Lunatic asylums Madras 1892-1911 - 1892-1911
Year: 1892
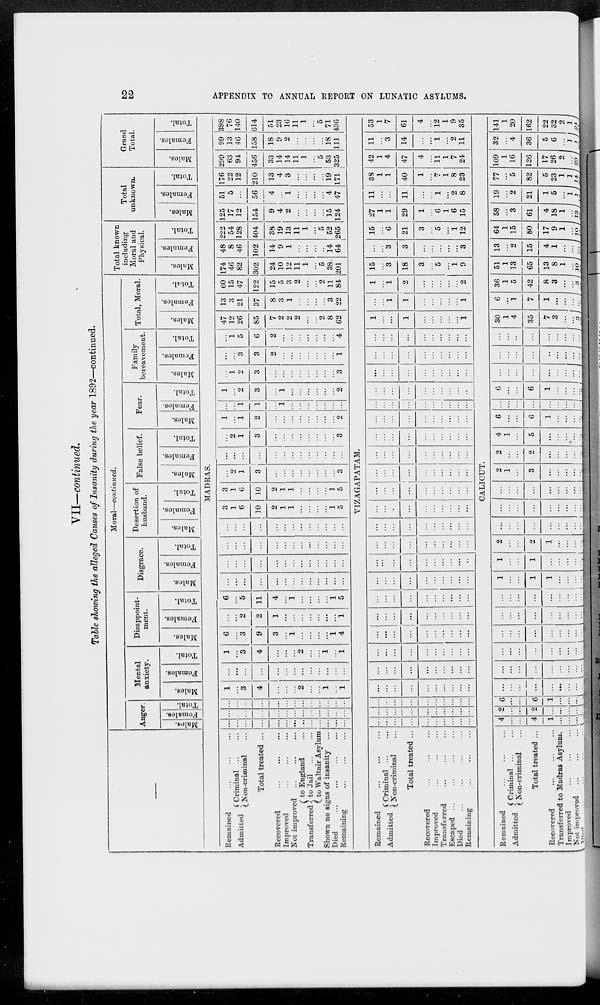
22
APPENDIX TO ANNUAL REPORT ON LUNATIC ASYLUMS.
VII—continued.
Table showing the alleged Causes of Insanity during the year 1892—continued.
—
Moral—continued.
Anger.
Males.
Females.
Total.
Mental
anxiety.
Males.
Females.
Total.
Disappoint-
ment.
Males.
Females.
Total.
Disgrace.
Males.
Females.
Total.
Desertion of
husband.
Males.
Females.
Total.
False belief.
Males.
Females.
Total.
Fear.
Males.
Females.
Total.
Family
bereavement.
Males.
Females.
Total.
Total, Moral.
Males.
Females.
Total.
Total known
including
Moral and
Physical.
Males.
Females.
Total.
Total
unknown.
Males.
Females.
Total.
Grand
Total.
Males.
Females.
Total.
MADRAS.
Remained ... ... ...
Admitted
Criminal ... ...
Non-criminal ...
Total treated ...
Recovered ... ... ...
Improved ... ... ...
Not improved ... ... ...
Transferred
to England ...
to Jail
...
...
to Waltair Asylum
Shown no signs of insanity ...
Died
...
...
...
...
Remaining ... ... ...
...
...
...
...
...
...
...
...
...
...
...
...
...
...
...
...
...
...
...
...
...
...
...
...
...
...
...
...
...
...
...
...
...
...
...
...
...
...
...
1
...
3
4
...
...
...
2
...
...
1
...
1
...
...
...
...
...
...
...
...
...
...
...
...
...
1
...
3
4
...
...
...
2
...
...
1
...
1
6
...
3
9
3
...
1
...
...
...
...
1
4
...
...
2
2
1
...
...
...
...
...
...
...
1
6
...
5
11
4
...
1
...
...
...
...
1
5
...
...
...
...
...
...
...
...
...
...
...
...
...
...
...
...
...
...
...
...
...
...
...
...
...
...
...
...
...
...
...
...
...
...
...
...
...
...
...
...
...
...
...
...
...
...
...
...
...
...
...
...
3
1
6
10
2
1
1
...
...
...
...
1
5
3
1
6
10
2
1
1
...
...
...
...
1
5
...
2
1
3
...
...
...
...
...
...
...
...
3
...
...
...
...
...
...
...
...
...
...
...
...
...
...
2
1
3
...
...
...
...
...
...
...
...
3
1
...
1
2
...
...
...
...
...
...
...
...
2
...
...
1
1
...
1
...
...
...
...
...
...
...
1
...
2
3
...
1
...
...
...
...
...
...
2
...
1
2
3
...
...
...
...
...
...
...
...
3
...
...
3
3
2
...
...
...
...
...
...
...
1
...
1
5
6
2
...
...
...
...
...
...
...
4
47
12
26
85
7
2
2
2
...
...
2
8
62
13
3
21
37
8
3
1
...
...
...
...
3
22
60
15
47
122
15
5
3
2
...
...
2
11
84
174
46
82
302
24
10
12
11
1
...
5
38
201
48
8
46
102
14
9
1
...
...
...
...
14
64
222
54
128
404
38
19
13
11
1
...
5
52
265
125
17
12
154
9
4
2
...
...
...
...
15
124
51
5
...
56
4
...
1
...
...
...
...
4
47
176
22
12
210
13
4
3
...
...
...
...
19
171
299
63
94
456
33
14
14
11
1
...
5
53
325
99
13
46
158
18
9
2
...
...
...
...
18
111
398
76
140
614
51
23
16
11
1
...
5
71
436
V1ZAGAPATAM.
Remained ... ... ...
Admitted
Criminal ... ...
Non-criminal ...
Total treated ...
Recovered ... ... ...
Improved ... ... ...
Transferred ... ... ...
Escaped ... ... ... ...
Died
...
...
...
...
Remaining ... ... ...
...
...
...
...
...
...
...
...
...
...
...
...
...
...
...
...
...
...
...
...
...
...
...
...
...
...
...
...
...
...
...
...
...
...
...
...
...
...
...
...
...
...
...
...
...
...
...
...
...
...
...
...
...
...
...
...
...
...
...
...
...
...
...
...
...
...
...
...
...
...
...
...
...
...
...
...
...
...
...
...
...
...
...
...
...
...
...
...
...
...
...
...
...
...
...
...
...
...
...
...
...
...
...
...
...
...
...
...
...
...
...
...
...
...
...
...
...
...
...
...
...
...
...
...
...
...
...
...
...
...
...
...
...
...
...
...
...
...
...
...
...
...
...
...
...
...
...
...
...
...
...
...
...
...
...
...
...
...
...
...
...
...
...
...
...
...
...
...
...
...
...
...
...
...
...
...
...
...
...
...
...
...
...
...
...
...
...
...
...
...
...
...
...
...
...
...
...
...
...
...
...
...
...
...
...
...
...
...
...
...
...
...
...
...
...
...
...
...
...
...
...
...
...
...
...
...
...
...
...
...
...
...
...
...
...
...
...
...
...
...
1
...
...
1
...
...
...
...
...
1
...
...
1
1
...
...
...
...
...
1
1
...
1
2
...
...
...
...
...
2
15
...
3
18
3
...
5
...
1
9
...
...
3
3
...
...
...
...
...
3
15
...
6
21
3
...
5
...
1
12
27
1
1
29
1
...
6
1
6
15
11
...
...
11
...
...
1
...
2
8
38
1
1
40
1
...
7
1
8
23
42
1
4
47
4
...
11
1
7
24
11
...
3
14
...
...
1
...
2
11
53
1
7
61
4
...
12
1
9
35
CALICUT.
Remained ... ... ...
Admitted
Criminal ... ...
Non-criminal ...
Total treated ...
Recovered ... ... ...
Transferred to Madras Asylum .
Improved ... ... ...
Not improved ... ... ...
Died ... ... ... ...
4
...
...
4
1
...
...
...
...
2
...
...
2
...
...
...
...
...
6
...
...
6
1
...
...
...
...
...
...
...
...
...
...
...
...
...
...
...
...
...
...
...
...
...
...
...
...
...
...
...
...
...
...
...
...
...
...
...
...
...
...
...
...
...
...
...
...
...
...
...
...
...
...
...
...
...
...
...
...
...
...
1
...
...
1
1
...
...
...
...
1
...
...
1
...
...
...
...
...
2
...
...
2
1
...
...
...
...
...
...
...
...
...
...
...
...
...
...
...
...
...
...
...
...
...
...
...
...
...
...
...
...
...
...
...
2
1
...
3
...
...
...
...
...
2
...
...
2
...
...
...
...
...
4
1
...
5
...
...
...
...
...
6
...
...
6
1
...
...
...
...
...
...
...
...
...
...
...
...
...
6
...
...
6
1
...
...
...
...
...
...
...
...
...
...
...
...
...
...
...
...
...
...
...
...
...
...
...
...
...
...
...
...
...
...
...
30
1
4
35
7
3
...
...
3
6
...
1
7
1
...
...
...
...
36
1
5
42
8
3
...
...
3
51
1
13
65
13
8
1
...
10
13
...
2
15
4
1
...
...
...
64
1
15
80
17
9
1
...
10
58
...
3
61
4
18
1
...
13
19
...
2
21
1
5
...
1
1
77
...
5
82
5
23
1
1
14
109
1
16
126
17
26
2
...
23
32
...
4
36
5
6
...
1
1
141
1
20
162
22
32
2
1
24